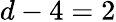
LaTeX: d-4=2